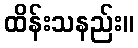
ထိန်းသနည်း။